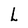
Character: L